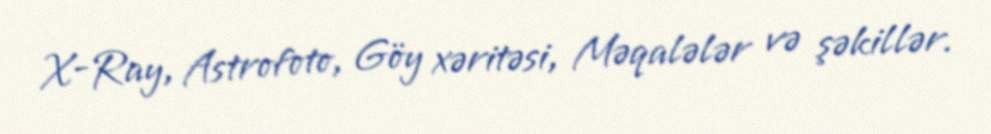
X-Ray, Astrofoto, Göy xəritəsi, Məqalələr və şəkillər.